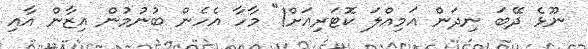
ނޫޅެ ދޭބަ ނިދަން އަމިއްލަ ކޮޓަރިއަށް!" މާހާ އެހެން ބުނުމުން އިޒާން އާއި